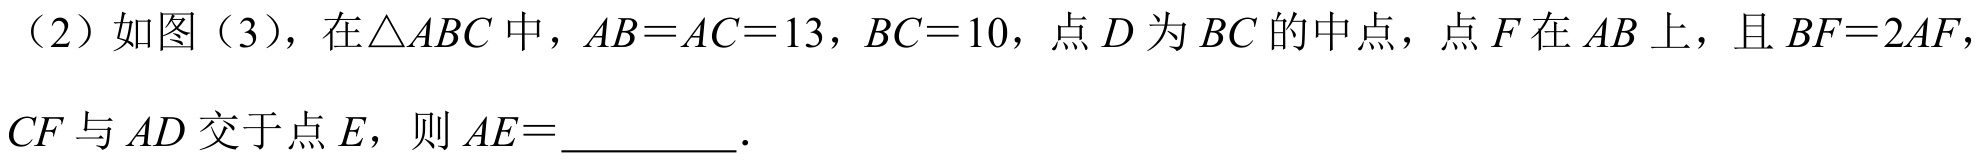
（2）如图（3），在$\triangle ABC$中，$AB = AC = 13$，$BC = 10$，点$D$为$BC$的中点，点$F$在$AB$上，且$BF = 2AF$，$CF$与$AD$交于点$E$，则$AE = \_\_\_\_\_\_$.